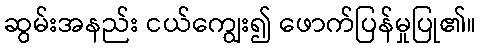
ဆွမ်းအနည်း ငယ်ကျွေး၍ ဖောက်ပြန်မှုပြု၏။